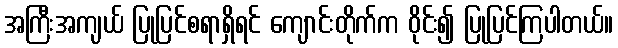
အကြီးအကျယ် ပြုပြင်စရာရှိရင် ကျောင်းတိုက်က ဝိုင်း၍ ပြုပြင်ကြပါတယ်။